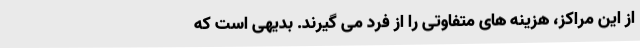
از این مراکز، هزینه های متفاوتی را از فرد می گیرند. بدیهی است که